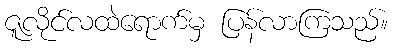
ဇူလိုင်လထဲရောက်မှ ပြန်လာကြသည်။